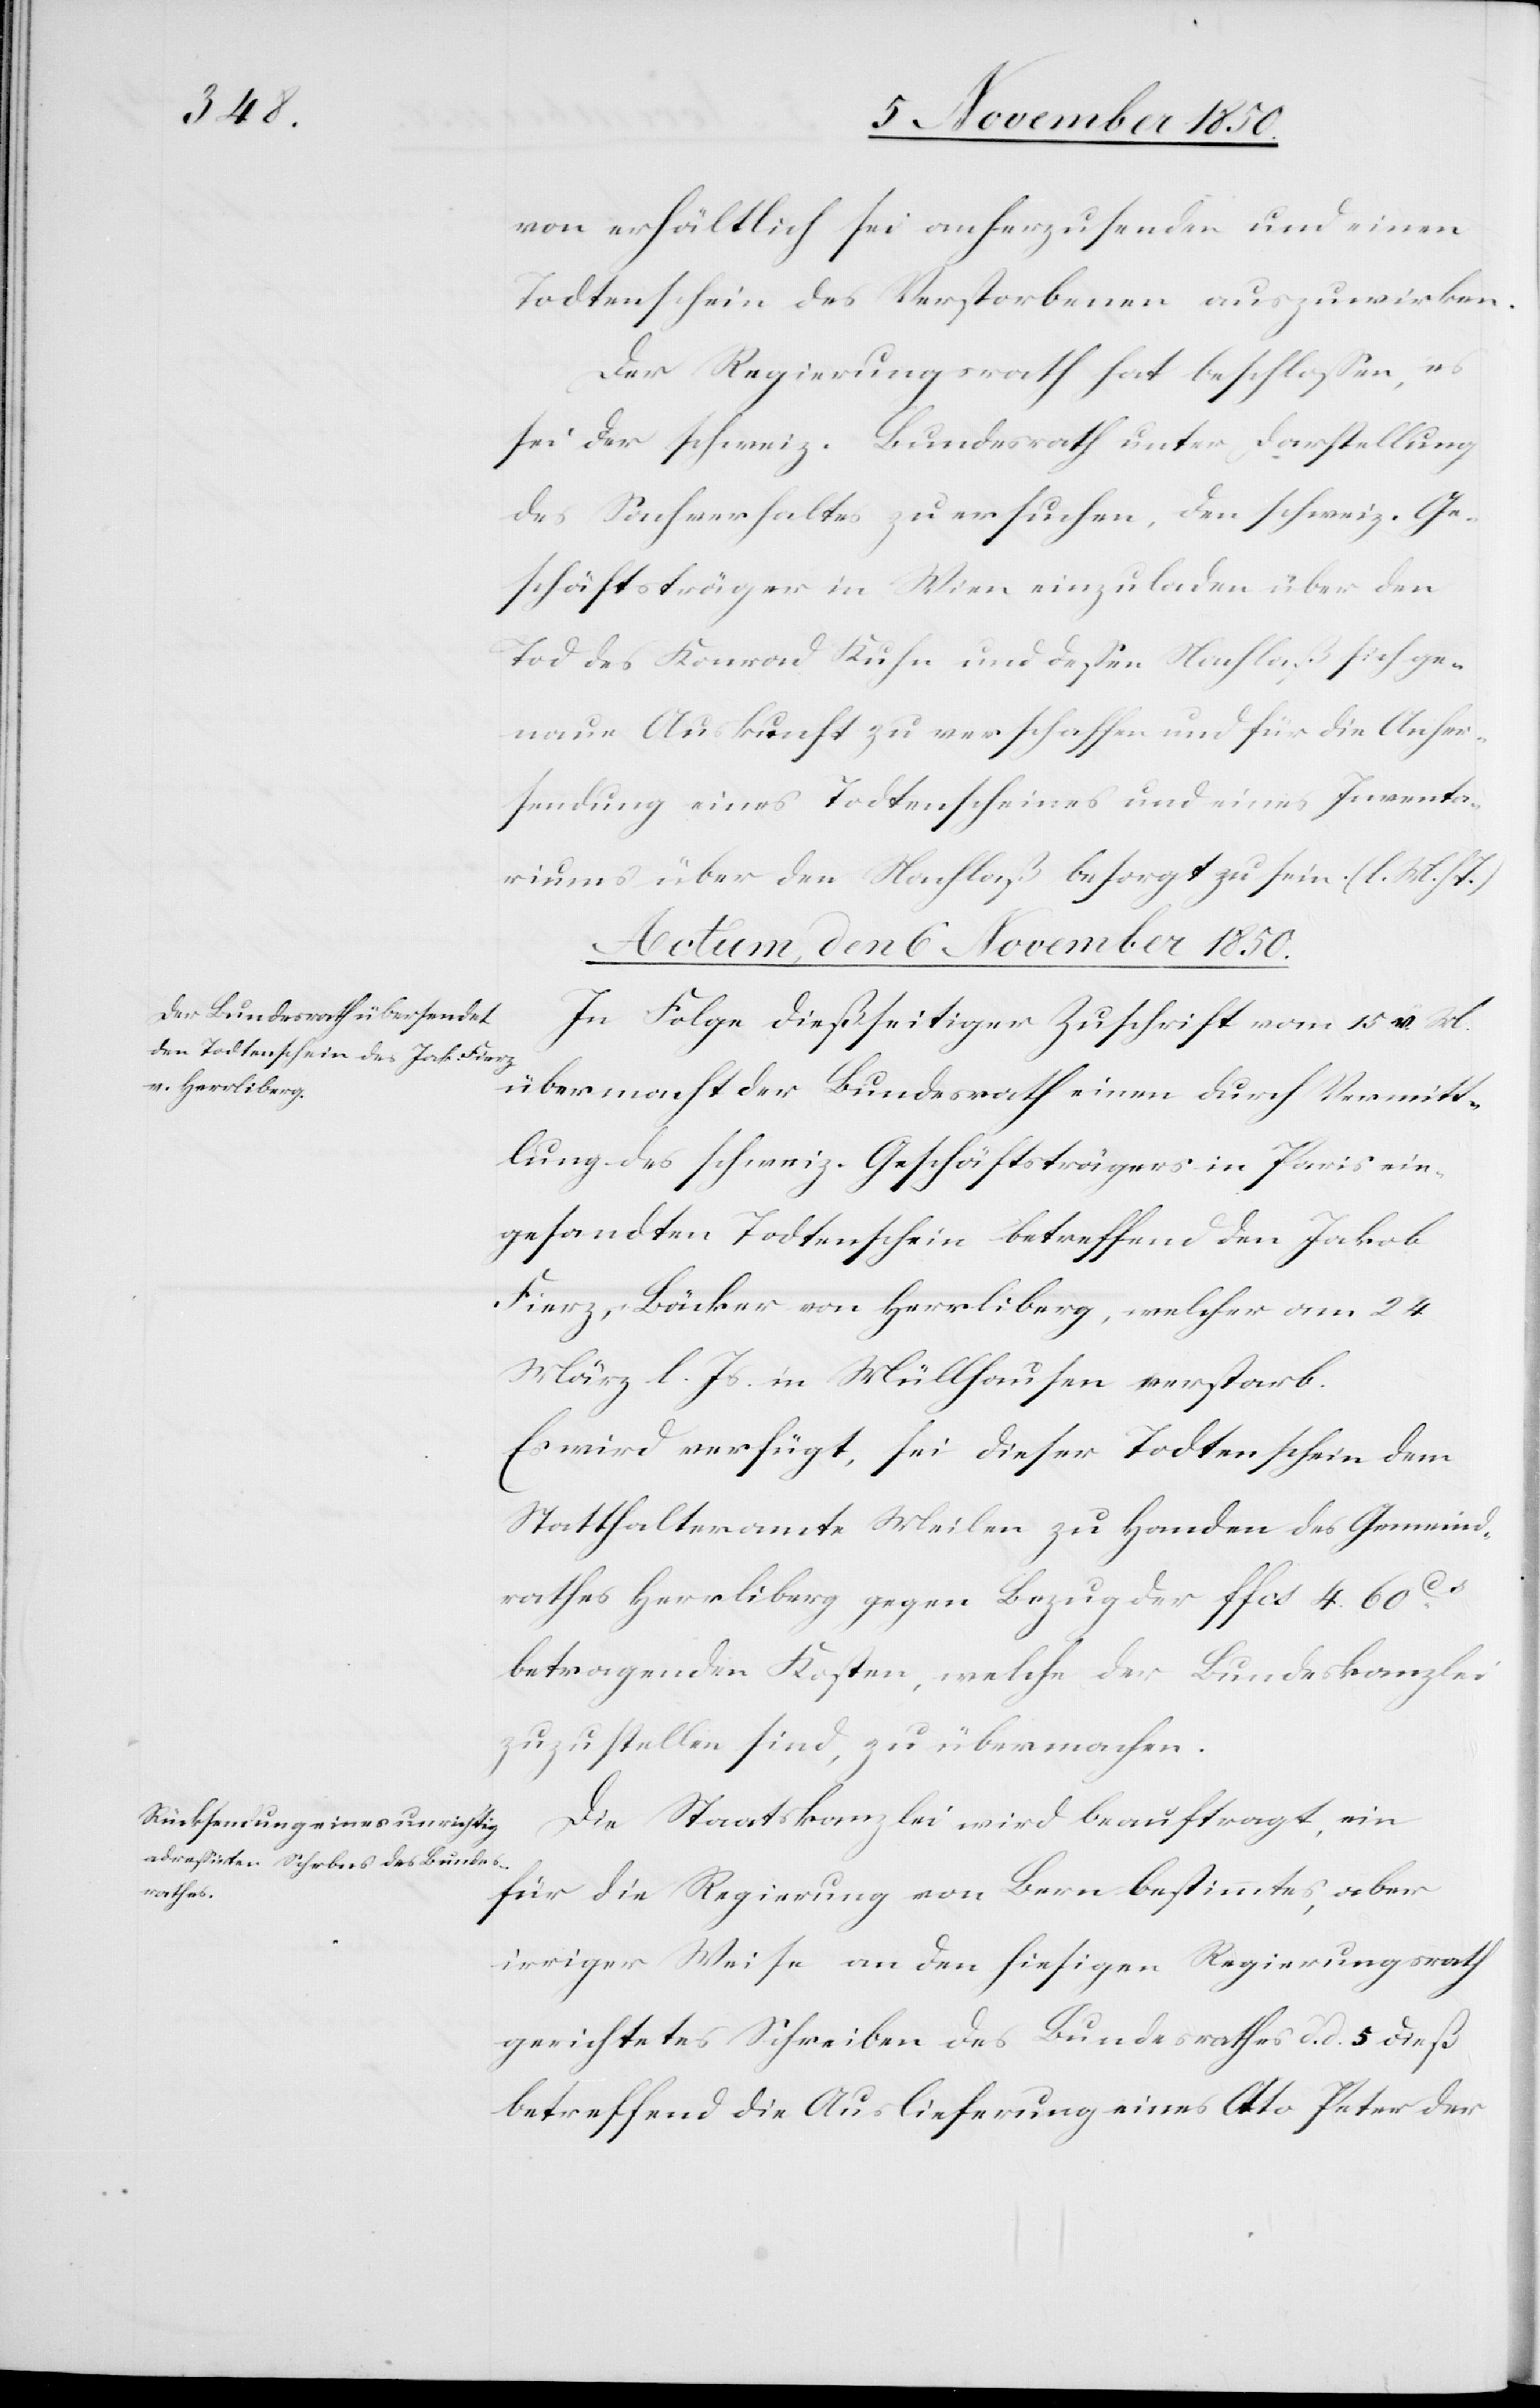
von erhältlich sei anherzusenden und einen
Todtenschein des Verstorbenen auszuwirken.
Der Regierungsrath hat beschlossen, es
sei der schweiz. Bundesrath unter Darstellung
des Sachverhaltes zu ersuchen, den schweiz. Ge¬
schäftsträger in Wien einzuladen über den
Tod des Konrad Kuhn und dessen Nachlaß sich ge¬
naue Auskunft zu verschaffen und für die Anher¬
sendung eines Todtenscheines und eines Inventa¬
riums über den Nachlaß besorgt zu sein. (l. M. h.
Actum, den 6 November 1850.]
In Folge dießseitiger Zuschrift vom 15 v. M.
übermacht der Bundesrath einen durch Vermitt¬
lung des schweiz. Geschäftsträgers in Paris ein¬
gesandten Todtenschein betreffend den Jakob
Fierz, Bäcker von Herrliberg, welcher am 24
März l. Js. in Müllhausen verstarb.
Es wird verfügt, sei dieser Todtenschein dem
Statthalteramte Meilen zu Handen des Gemeind¬
rathes Herrliberg gegen Bezug der ffcs 4. 60 Cs
betragenden Kosten, welche der Bundeskanzlei
zuzustellen sind, zu übermachen.
Die Staatskanzlei wird beauftragt, ein
für die Regierung von Bern bestimmtes, aber
irriger Weise an den hiesigen Regierungsrath
gerichtetes Schreiben des Bundesrathes d. d. 5 dieß
betreffend die Auslieferung eines Otto Peter der